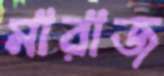
মারাজ